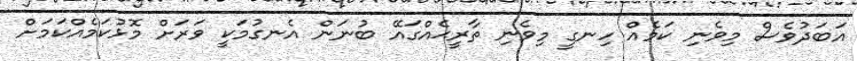
އަބަދުވެސް މިވެނި ކަމެއް ހިނގީ މިވެނި ތާރީޙެއްގައޭ ބުނަން އެނގުމަކީ ވަރަށް މޮޅުކަމެއްކަމަށް